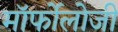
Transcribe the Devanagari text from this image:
मॉर्फोलोजी